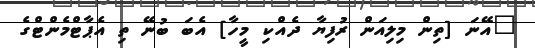
"އޭނަ [ތިން މިލިއަން ރުފިޔާ ދެއްކި މީހާ] އެބަ ބުނޭ ތި އެޕާޓްމެންޓްގެ